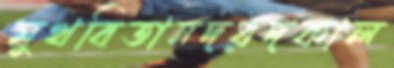
মুখবিতানদরদকাল